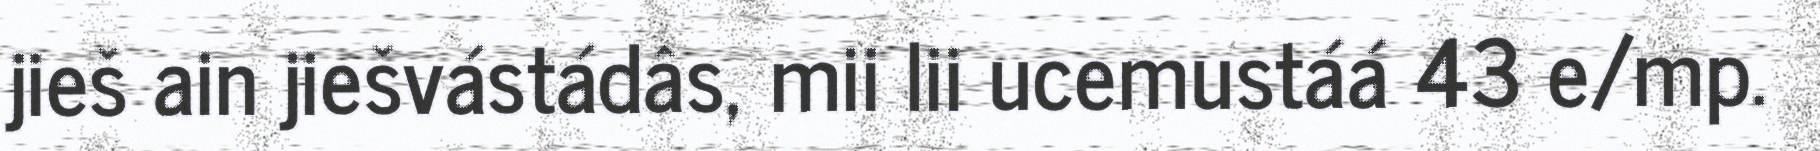
jieš ain jiešvástádâs, mii lii ucemustáá 43 e/mp.